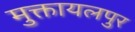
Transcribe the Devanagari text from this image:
मुक्तायलपुर